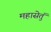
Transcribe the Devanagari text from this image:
महासेतुं